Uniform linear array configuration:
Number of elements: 24
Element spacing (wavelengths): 0.75
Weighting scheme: hamming
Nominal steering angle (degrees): -30
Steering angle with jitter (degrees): -30.544
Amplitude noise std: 0.05
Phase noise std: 0.05

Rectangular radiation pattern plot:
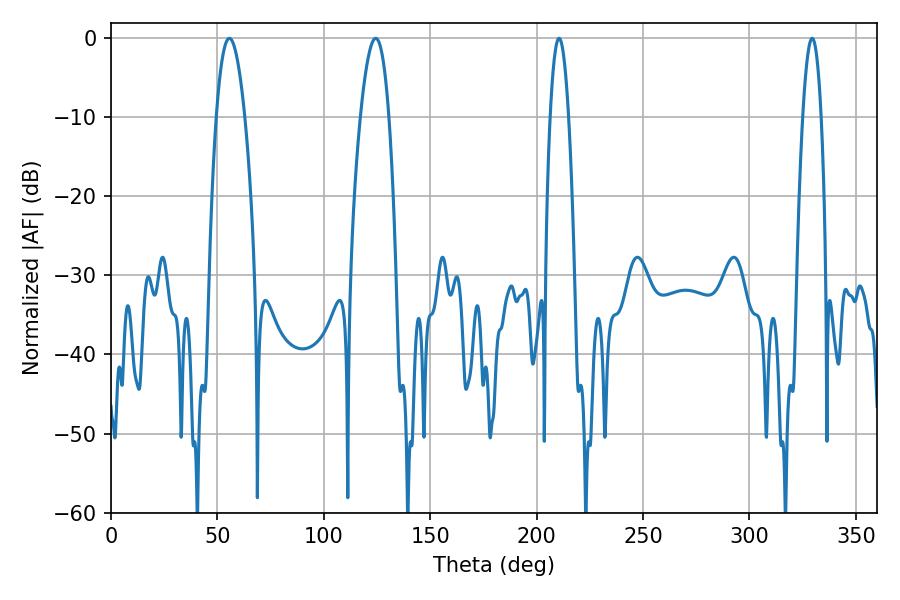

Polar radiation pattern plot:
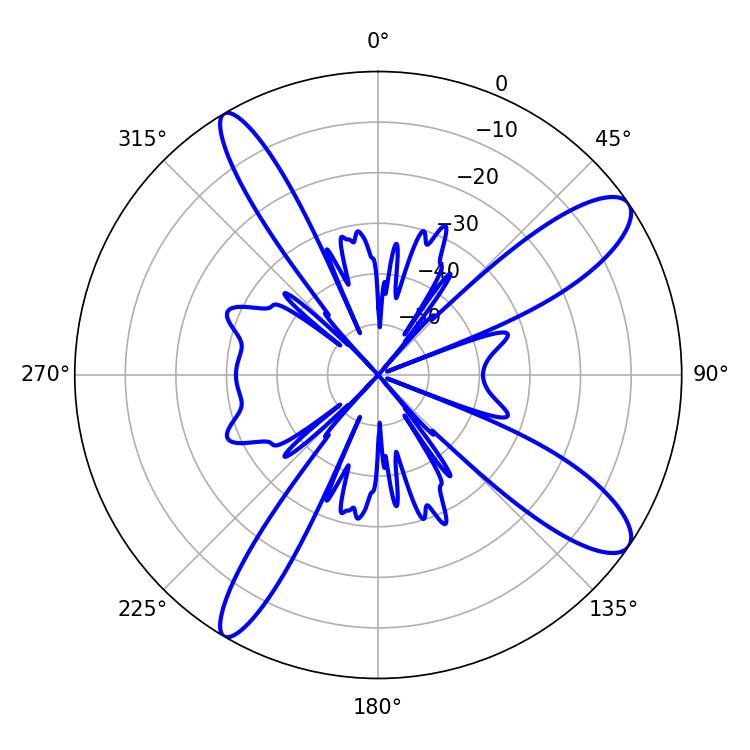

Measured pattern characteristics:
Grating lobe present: TRUE
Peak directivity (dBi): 11.649
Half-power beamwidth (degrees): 7.2
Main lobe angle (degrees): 55.62